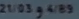
21/03+4/B9